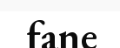
fane